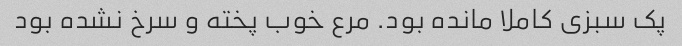
پک سبزی کاملا مانده بود. مرع خوب پخته و سرخ نشده بود